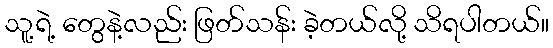
သူ့ရဲ့ တွေနဲ့လည်း ဖြတ်သန်း ခဲ့တယ်လို့ သိရပါတယ်။